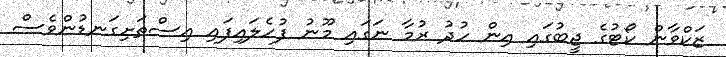
ޒަކްވާން ކޯޓުގެ ޖީބުގައި އިން ހުދު ރުމާ ނަގައި މޫނު ފުހެލައިފައި އިސްތަށިގަނޑުންވެސް